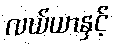
လယ်ယာနှင့်